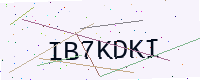
Text: IB7KDKI